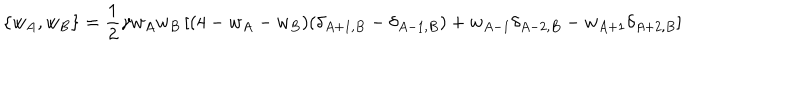
\left\{ w _ { A } , w _ { B } \right\} = \frac { 1 } { 2 } \gamma w _ { A } w _ { B } \left[ ( 4 - w _ { A } - w _ { B } ) ( \delta _ { A + 1 , B } - \delta _ { A - 1 , B } ) + w _ { A - 1 } \delta _ { A - 2 , B } - w _ { A + 1 } \delta _ { A + 2 , B } \right]